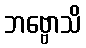
ဘဗ္ဗောသိ